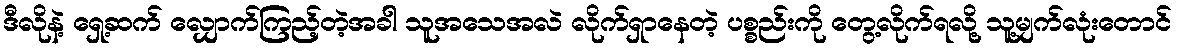
ဒီလိုနဲ့ ရှေ့ဆက် လျှောက်ကြည့်တဲ့အခါ သူအသေအလဲ လိုက်ရှာနေတဲ့ ပစ္စည်းကို တွေ့လိုက်ရလို့ သူ့မျက်လုံးတောင်